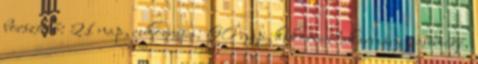
borszőlő: 21 nap, cukorrépa: 60 nap, kukorica takarmány, csemege,